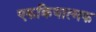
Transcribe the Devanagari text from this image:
एकक्रियात्मक